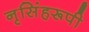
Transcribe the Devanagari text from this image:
नृसिंहरूपी